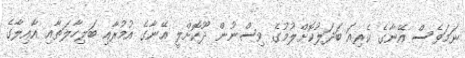
ނަމަވެސް އޭނާގެ ކެރިއަ ބަދަލުކޮށްލުމުގެ ވިސްނުން ދޫކޮށްލީ އޭނާގެ އުމުރާއި ބަލިހާލަތާއި އާއިލާގެ